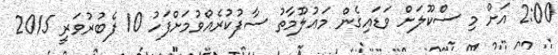
2:00 އަށް މި ސްކޫލަށް ވަޑައިގެން މަޢުލޫމާތު ސާފުކުރެއްވުމަށްފަހު 10 ފެބުރުވަރީ 2015